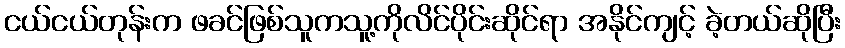
ငယ်ငယ်တုန်းက ဖခင်ဖြစ်သူကသူ့ကိုလိင်ပိုင်းဆိုင်ရာ အနိုင်ကျင့် ခဲ့တယ်ဆိုပြီး